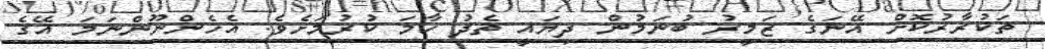
ތަކުރާރުކޮށް އޭނަގެ ޒަމީރު ބުނަމުން ދިޔައީ ތެދު ހާމަ ކުރުމަށެވެ. އެހެންނޫންނަމަ އޭގެ